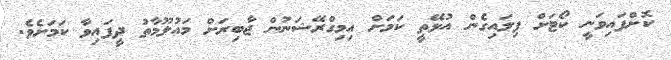
ކޮށްފައިވަނީ ކޯޓަށް ފިލައިގެން އުޅޭތީ ކަމަށް އިމިގްރޭޝަނުން ޖާބިރަށް މައުލޫމާތު ދީފައިވާ ކަމަށެވެ.